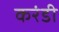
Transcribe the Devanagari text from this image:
करंडी